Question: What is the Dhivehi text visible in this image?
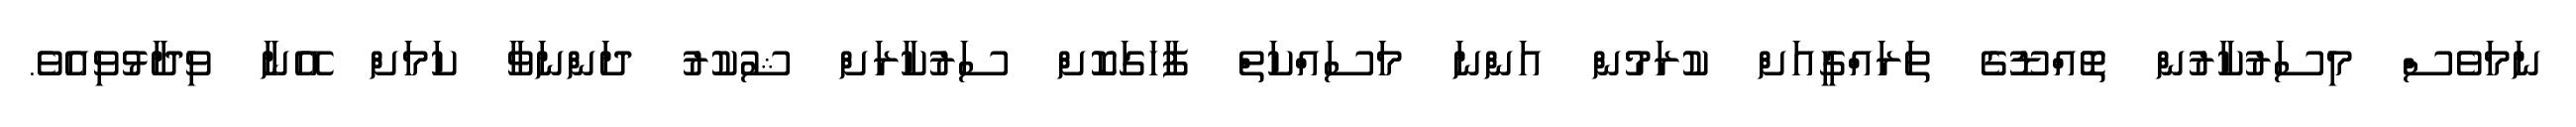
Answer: ނަމަވެސް މިސަރުކާރުން ތޮއްޑޫގެ ތަރައްގީއަށް ކުރަމުން އަންނަ މަސައްކަތް ފާހަގަކޮށް ސަރުކާރަށް ޝުކުރު ދަންނަވާ ކަމަށް އޭނާ ވިދާޅުވިއެވެ.